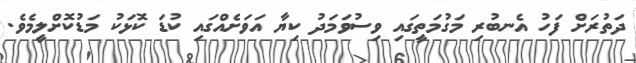
ދަތުރަށް ފަހު އެނބުރި މަގުމަތީގައި ވިސުވަމަދު ކިޔާ އަވަށެއްގައި ކުޑަ ކޮޅަކު މަޑުކޮށްލީމެވެ.